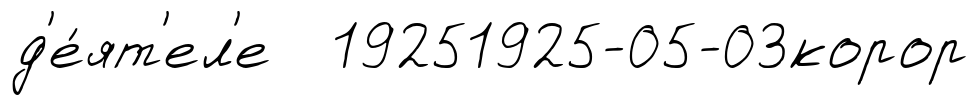
д'е́ят'ел'е 19251925-05-03корор